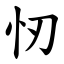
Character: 㣼